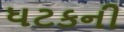
ધટકની